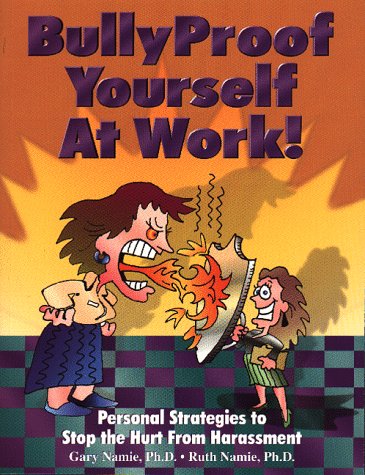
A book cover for Bullyproof Yourself at Work!: Personal Strategies to Recognize and Stop the Hurt from Harassment (The Work Doctor Bullying Series); Gary Namie; Business & Money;